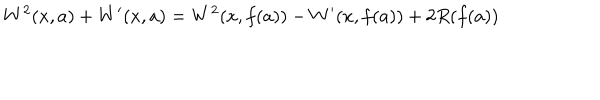
W ^ { 2 } ( x , a ) + W ^ { \prime } ( x , a ) = W ^ { 2 } ( x , f ( a ) ) - W ^ { \prime } ( x , f ( a ) ) + 2 R ( f ( a ) )